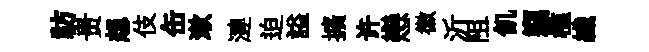
祊贵想伎缶漱漣迫謚擴许戀徽沂阻飢竊槛纎